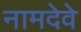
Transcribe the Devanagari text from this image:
नामदेवे